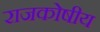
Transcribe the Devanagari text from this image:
राजकोषीय